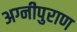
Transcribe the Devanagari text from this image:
अग्नीपुराण